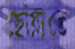
ছোঁয়াতে